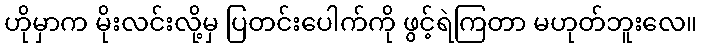
ဟိုမှာက မိုးလင်းလို့မှ ပြတင်းပေါက်ကို ဖွင့်ရဲကြတာ မဟုတ်ဘူးလေ။